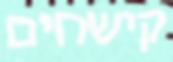
קישחים